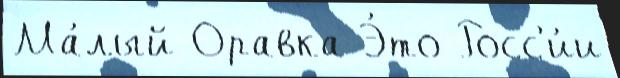
Ма́лый Оравка Э́то Росс'и́и